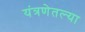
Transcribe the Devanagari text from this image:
यंत्रणेतल्या